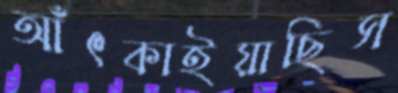
আঁৎকাইয়াছিস